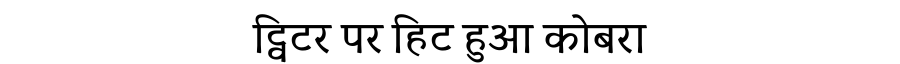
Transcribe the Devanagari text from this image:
ट्विटर पर हिट हुआ कोबरा